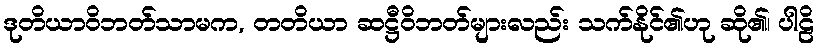
ဒုတိယာဝိဘတ်သာမက, တတိယာ ဆဋ္ဌီဝိဘတ်များလည်း သက်နိုင်၏ဟု ဆို၏၊ ပါဠိ